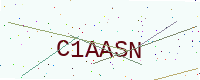
Text: C1AASN